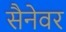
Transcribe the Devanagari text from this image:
सैनेवर